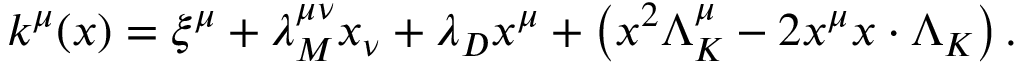
k ^ { \mu } ( x ) = \xi ^ { \mu } + \lambda _ { M } ^ { \mu \nu } x _ { \nu } + \lambda _ { D } x ^ { \mu } + \left( x ^ { 2 } \Lambda _ { K } ^ { \mu } - 2 x ^ { \mu } x \cdot \Lambda _ { K } \right) .